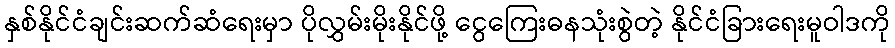
နှစ်နိုင်ငံချင်းဆက်ဆံရေးမှာ ပိုလွှမ်းမိုးနိုင်ဖို့ ငွေကြေးဓနသုံးစွဲတဲ့ နိုင်ငံခြားရေးမူဝါဒကို